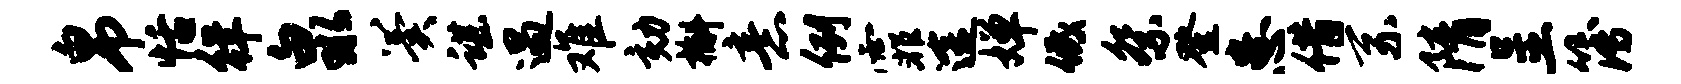
帛恬徉泉翼谌遇难劾槲意例霏途婵低祭登患借系隋呈簿